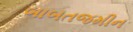
બાબતજમીન